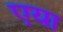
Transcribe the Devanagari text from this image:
एया